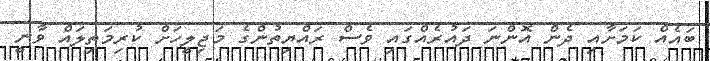
ބައެއް ކަމަށާއި ދެން އޮންނަ ދައުރެއްގައި ވެސް ރައްޔިތުންގެ މަޖިލީހަށް ކުރިމަތިލައް ވާނީ